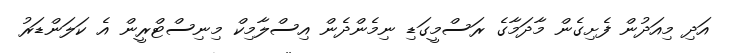
އަދި މިއަދުން ފެށިގެން މާދަމާގެ ރަސްމީގަޑި ނިމެންދެން އިސްލާމިކް މިނިސްޓްރީން އެ ކަލަންޑަރު